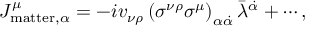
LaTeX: J _ { \mathrm { m a t t e r } , \alpha } ^ { \mu } = - i v _ { \nu \rho } \left( \sigma ^ { \nu \rho } \sigma ^ { \mu } \right) _ { \alpha \dot { \alpha } } \bar { \lambda } ^ { \dot { \alpha } } + \cdots ,